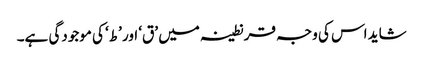
شاید اس کی وجہ قرنطینہ میں ’ق‘ اور ’ط‘ کی موجودگی ہے۔